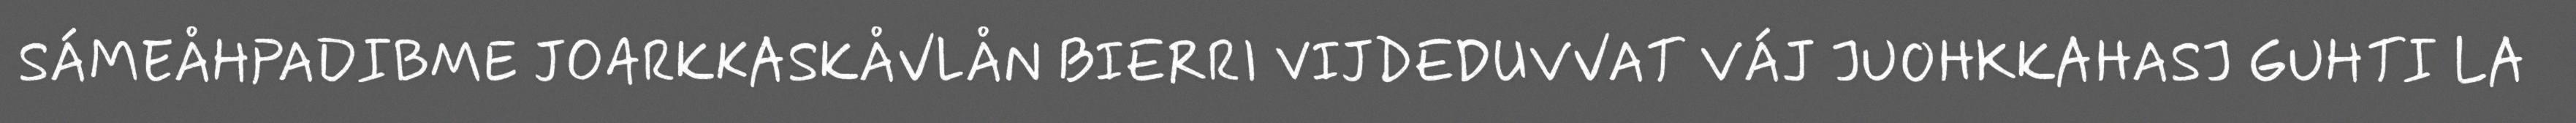
SÁMEÅHPADIBME JOARKKASKÅVLÅN BIERRI VIJDEDUVVAT VÁJ JUOHKKAHASJ GUHTI LA